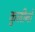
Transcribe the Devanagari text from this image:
कुलीनाें